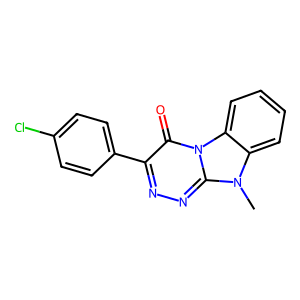
SMILES: Cn1c2ccccc2n2c(=O)c(-c3ccc(Cl)cc3)nnc12
Inhibits HIV replication: No